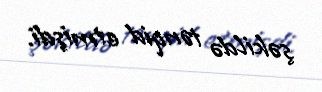
şəkildə tənqid etmişdi.